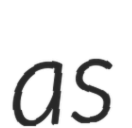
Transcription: as